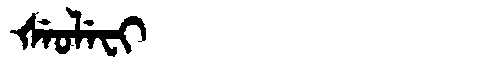
Manchu: ᡧᡝᠣᠯᡝᠸᡳ
Romanization: ŠEOLEFI